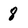
Character: 8